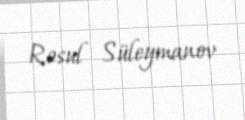
Rəsul Süleymanov